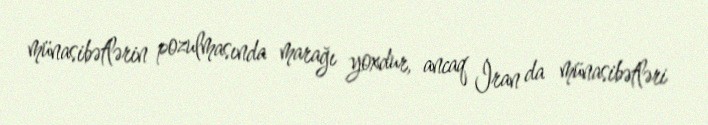
münasibətlərin pozulmasında marağı yoxdur, ancaq İran da münasibətləri